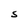
Character: S